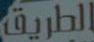
الطريق